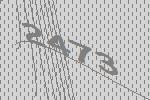
2473